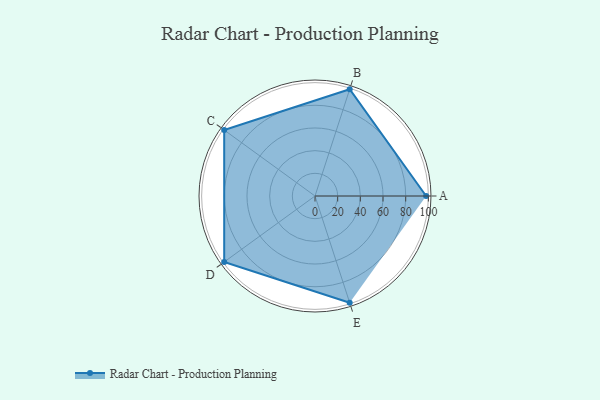
{"axis": {"x": "Skill", "y": "Score"}, "legend": ["Profile"], "data": [{"x": "A", "y": 98.0, "type": "Profile"}, {"x": "B", "y": 99, "type": "Profile"}, {"x": "C", "y": 99, "type": "Profile"}, {"x": "D", "y": 99, "type": "Profile"}, {"x": "E", "y": 99, "type": "Profile"}]}